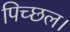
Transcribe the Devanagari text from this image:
पिच्छल।